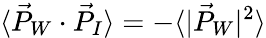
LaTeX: \langle\vec{P}_{W}\cdot\vec{P}_{I}\rangle=-\langle|\vec{P}_{W}|^{2}\rangle